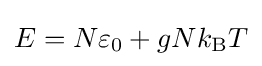
E=N\varepsilon _{0}+gNk_{\rm {B}}T